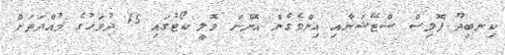
ކިނބިދޫ ޕޮލިސް ސްޓޭޝަނާއި އިންވެގެން އޮންނަ ވޮލީ ކޯޓުގައި 15 ދުވަހުގެ މުއްދަތަށް